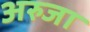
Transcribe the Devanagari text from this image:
अरुजा